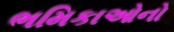
ભમિકાઓનો